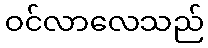
ဝင်လာလေသည်